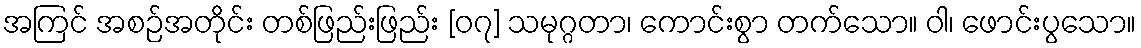
အကြင် အစဉ်အတိုင်း တစ်ဖြည်းဖြည်း [၀၇] သမုဂ္ဂတာ၊ ကောင်းစွာ တက်သော။ ဝါ၊ ဖောင်းပွသော။